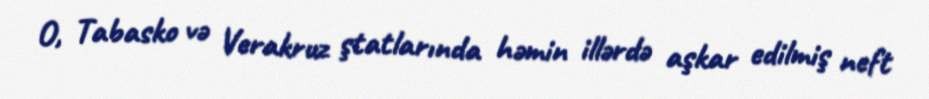
O, Tabasko və Verakruz ştatlarında həmin illərdə aşkar edilmiş neft